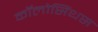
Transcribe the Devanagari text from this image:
कॉलोसिंथस